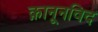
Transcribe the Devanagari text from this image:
क़ानूनविद